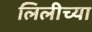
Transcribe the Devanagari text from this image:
लिलीच्या